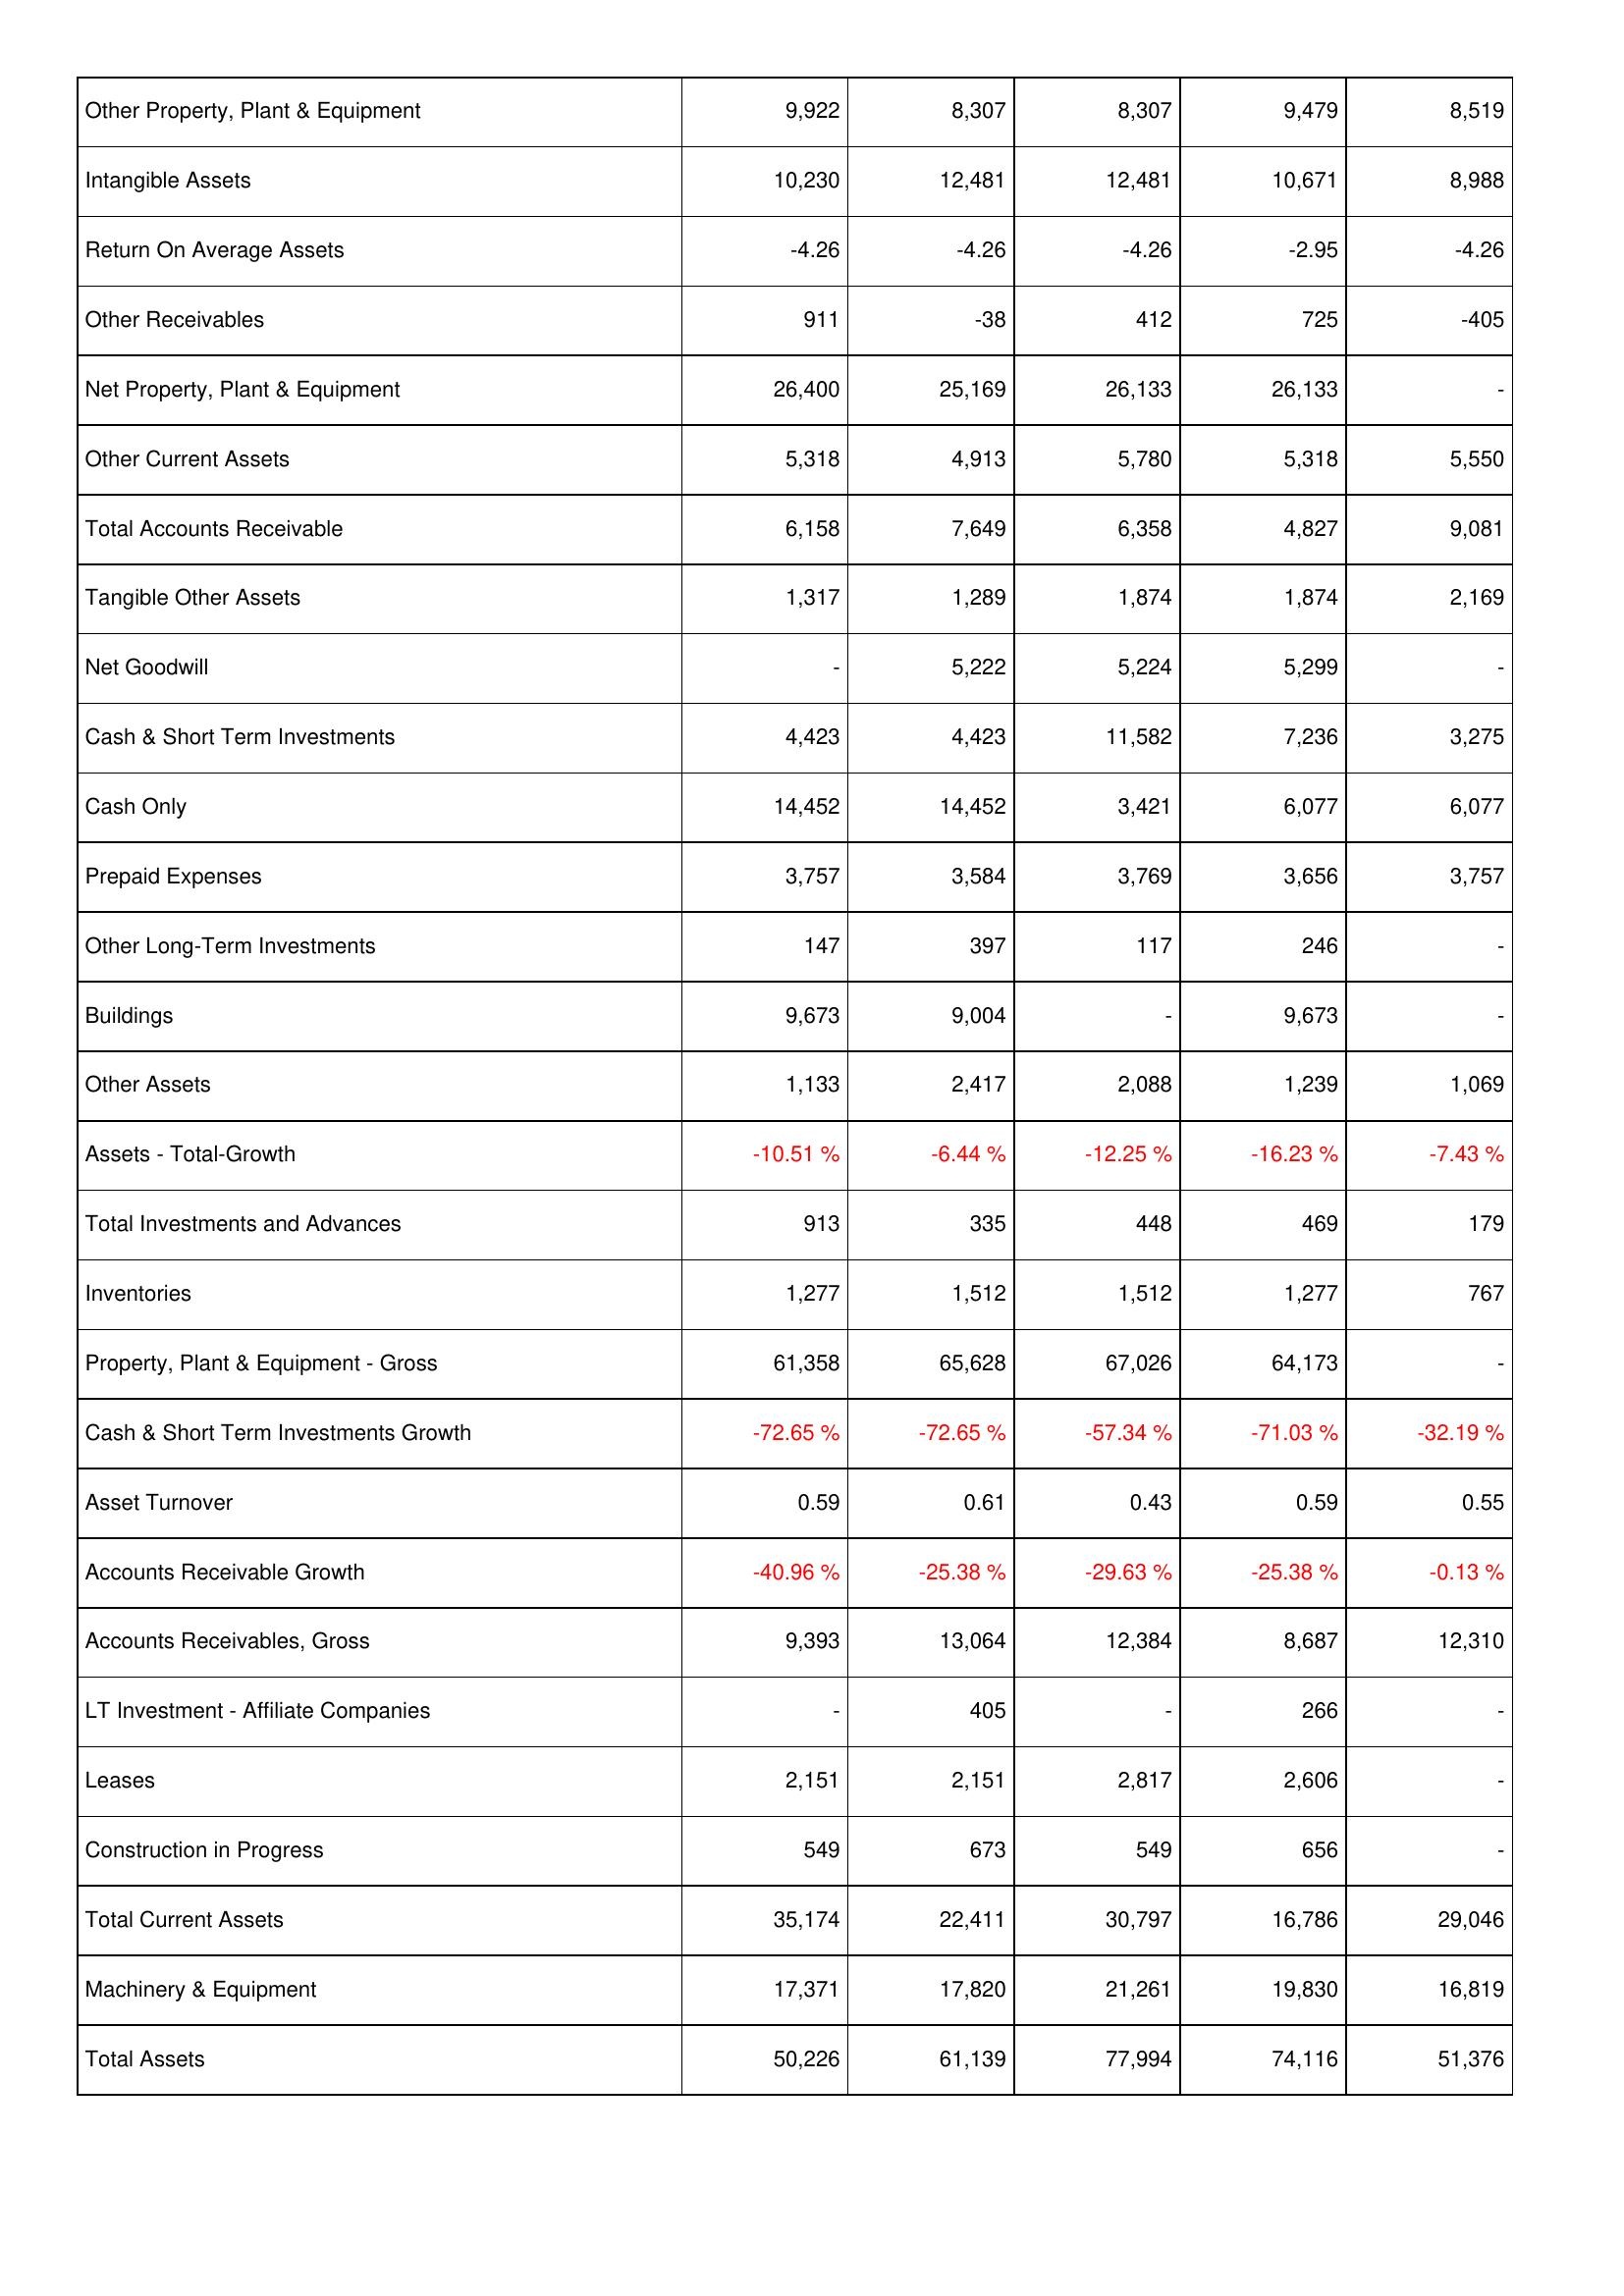
2005: Assets: Other Property, Plant & Equipment: 9,922
Intangible Assets: 10,230
Return On Average Assets: -4.26
Other Receivables: 911
Net Property, Plant & Equipment: 26,400
Other Current Assets: 5,318
Total Accounts Receivable: 6,158
Tangible Other Assets: 1,317
Net Goodwill: -
Cash & Short Term Investments: 4,423
Cash Only: 14,452
Prepaid Expenses: 3,757
Other Long-Term Investments: 147
Buildings: 9,673
Other Assets: 1,133
Assets - Total-Growth: -10.51 %
Total Investments and Advances: 913
Inventories: 1,277
Property, Plant & Equipment - Gross: 61,358
Cash & Short Term Investments Growth: -72.65 %
Asset Turnover: 0.59
Accounts Receivable Growth: -40.96 %
Accounts Receivables, Gross: 9,393
LT Investment - Affiliate Companies: -
Leases: 2,151
Construction in Progress: 549
Total Current Assets: 35,174
Machinery & Equipment: 17,371
Total Assets: 50,226
2006: Assets: Other Property, Plant & Equipment: 8,307
Intangible Assets: 12,481
Return On Average Assets: -4.26
Other Receivables: -38
Net Property, Plant & Equipment: 25,169
Other Current Assets: 4,913
Total Accounts Receivable: 7,649
Tangible Other Assets: 1,289
Net Goodwill: 5,222
Cash & Short Term Investments: 4,423
Cash Only: 14,452
Prepaid Expenses: 3,584
Other Long-Term Investments: 397
Buildings: 9,004
Other Assets: 2,417
Assets - Total-Growth: -6.44 %
Total Investments and Advances: 335
Inventories: 1,512
Property, Plant & Equipment - Gross: 65,628
Cash & Short Term Investments Growth: -72.65 %
Asset Turnover: 0.61
Accounts Receivable Growth: -25.38 %
Accounts Receivables, Gross: 13,064
LT Investment - Affiliate Companies: 405
Leases: 2,151
Construction in Progress: 673
Total Current Assets: 22,411
Machinery & Equipment: 17,820
Total Assets: 61,139
2007: Assets: Other Property, Plant & Equipment: 8,307
Intangible Assets: 12,481
Return On Average Assets: -4.26
Other Receivables: 412
Net Property, Plant & Equipment: 26,133
Other Current Assets: 5,780
Total Accounts Receivable: 6,358
Tangible Other Assets: 1,874
Net Goodwill: 5,224
Cash & Short Term Investments: 11,582
Cash Only: 3,421
Prepaid Expenses: 3,769
Other Long-Term Investments: 117
Buildings: -
Other Assets: 2,088
Assets - Total-Growth: -12.25 %
Total Investments and Advances: 448
Inventories: 1,512
Property, Plant & Equipment - Gross: 67,026
Cash & Short Term Investments Growth: -57.34 %
Asset Turnover: 0.43
Accounts Receivable Growth: -29.63 %
Accounts Receivables, Gross: 12,384
LT Investment - Affiliate Companies: -
Leases: 2,817
Construction in Progress: 549
Total Current Assets: 30,797
Machinery & Equipment: 21,261
Total Assets: 77,994
2008: Assets: Other Property, Plant & Equipment: 9,479
Intangible Assets: 10,671
Return On Average Assets: -2.95
Other Receivables: 725
Net Property, Plant & Equipment: 26,133
Other Current Assets: 5,318
Total Accounts Receivable: 4,827
Tangible Other Assets: 1,874
Net Goodwill: 5,299
Cash & Short Term Investments: 7,236
Cash Only: 6,077
Prepaid Expenses: 3,656
Other Long-Term Investments: 246
Buildings: 9,673
Other Assets: 1,239
Assets - Total-Growth: -16.23 %
Total Investments and Advances: 469
Inventories: 1,277
Property, Plant & Equipment - Gross: 64,173
Cash & Short Term Investments Growth: -71.03 %
Asset Turnover: 0.59
Accounts Receivable Growth: -25.38 %
Accounts Receivables, Gross: 8,687
LT Investment - Affiliate Companies: 266
Leases: 2,606
Construction in Progress: 656
Total Current Assets: 16,786
Machinery & Equipment: 19,830
Total Assets: 74,116
2009: Assets: Other Property, Plant & Equipment: 8,519
Intangible Assets: 8,988
Return On Average Assets: -4.26
Other Receivables: -405
Net Property, Plant & Equipment: -
Other Current Assets: 5,550
Total Accounts Receivable: 9,081
Tangible Other Assets: 2,169
Net Goodwill: -
Cash & Short Term Investments: 3,275
Cash Only: 6,077
Prepaid Expenses: 3,757
Other Long-Term Investments: -
Buildings: -
Other Assets: 1,069
Assets - Total-Growth: -7.43 %
Total Investments and Advances: 179
Inventories: 767
Property, Plant & Equipment - Gross: -
Cash & Short Term Investments Growth: -32.19 %
Asset Turnover: 0.55
Accounts Receivable Growth: -0.13 %
Accounts Receivables, Gross: 12,310
LT Investment - Affiliate Companies: -
Leases: -
Construction in Progress: -
Total Current Assets: 29,046
Machinery & Equipment: 16,819
Total Assets: 51,376